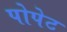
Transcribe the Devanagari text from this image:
पोपेट